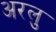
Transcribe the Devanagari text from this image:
अरलु